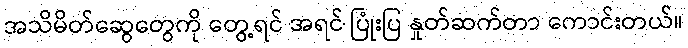
အသိမိတ်ဆွေတွေကို တွေ့ရင် အရင် ပြုံးပြ နှုတ်ဆက်တာ ကောင်းတယ်။